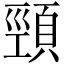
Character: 頸